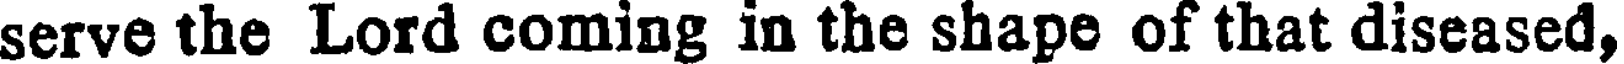
serve the Lord coming in the shape of that diseased,